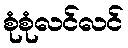
စုံစုံလင်လင်